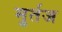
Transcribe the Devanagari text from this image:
मुर्तज